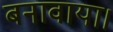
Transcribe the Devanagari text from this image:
बनावाया।